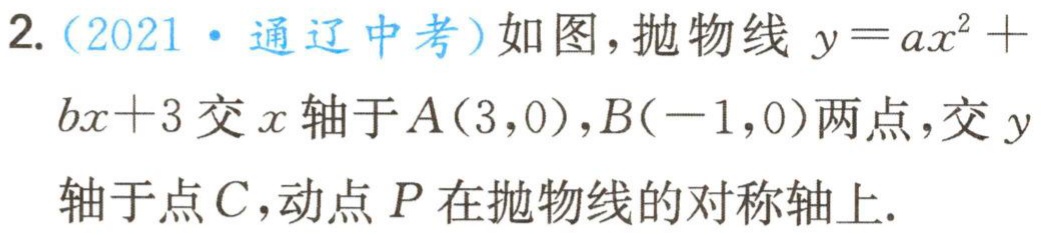
2.（2021·通辽中考）如图，抛物线\(y = ax^{2}+bx + 3\)交\(x\)轴于\(A(3,0)\)，\(B(-1,0)\)两点，交\(y\)轴于点\(C\)，动点\(P\)在抛物线的对称轴上.